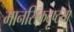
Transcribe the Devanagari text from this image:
मानसिकदृष्टया